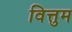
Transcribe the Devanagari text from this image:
वित्तुम